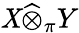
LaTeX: \mathit{X}{\widehat{{\otimes}}}_{\pi}Y